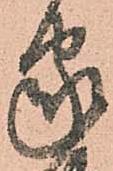
家